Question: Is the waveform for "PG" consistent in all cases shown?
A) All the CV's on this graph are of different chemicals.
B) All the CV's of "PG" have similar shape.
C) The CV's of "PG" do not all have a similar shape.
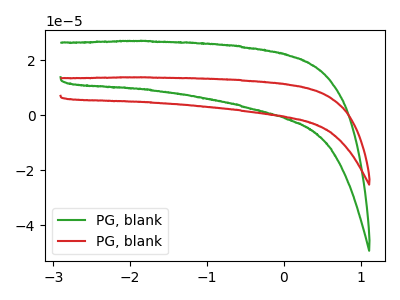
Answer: <think>The green curve "PG, blank1" has no peaks. The red curve "PG, blank2" has no peaks.
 Neither "PG, blank1" or "PG, blank2" have any peaks.</think>
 <answer>B) All the CV's of "PG" have similar shape.</answer>
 <eval>B</eval>